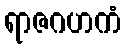
ရာဇဂဟကံ